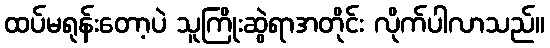
ထပ်မရုန်းတော့ပဲ သူကြိုးဆွဲရာအတိုင်း လိုက်ပါလာသည်။